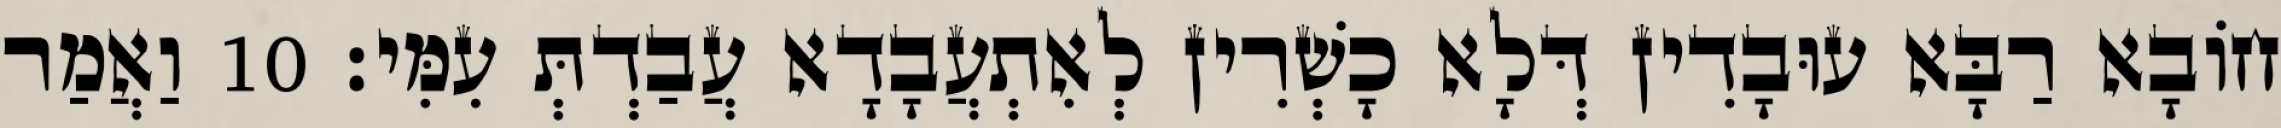
חוֹבָא רַבָּא עוּבָדִין דְּלָא כָשְׁרִין לְאִתְעֲבָדָא עֲבַדְתְּ עִמִּי׃ 10 וַאֲמַר